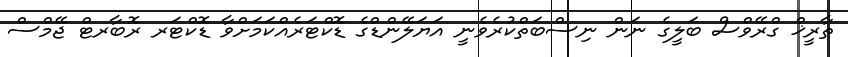
ތާރީޚް ގްރޭވްސް ބަލީގެ ނަން ނިސްބަތްކުރެވެނީ އަޔަލޭންޑްގެ ޑޮކްޓަރެއްކަމަށްވާ ޑޮކްޓަރ ރޮބާރޓް ޖޭމްސް